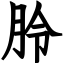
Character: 朎